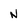
Character: N